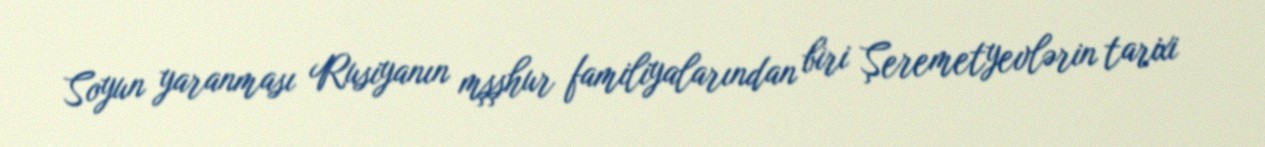
Soyun yaranması Rusiyanın mşşhur familiyalarından biri Şeremetyevlərin tarixi